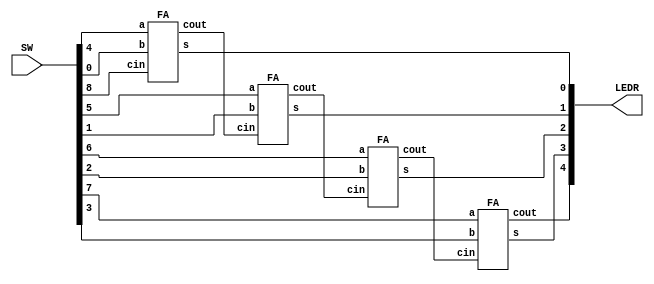
////
module part3(SW, LEDR);
	input [8:0] SW; ///SW[8] cin, SW[7:4] A, SW[3:0] B
	output [4:0] LEDR; //LEDR[5] cout  LEDR[4:0] s
	wire c1, c2, c3;
	FA A0 (SW[4], SW[0], SW[8], LEDR[0], c1 );
	FA A1 (SW[5], SW[1], c1, LEDR[1], c2 );
	FA A2 (SW[6], SW[2], c2, LEDR[2], c3 );
	FA A3 (SW[7], SW[3], c3, LEDR[3], LEDR[4] );
endmodule
module FA(a,b,cin,s,cout);
	input a, b, cin;
	output s, cout;
	assign s = (a^b)^cin;
	assign cout = (a^b) ? cin : b;
endmodule